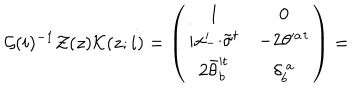
LaTeX: { \cal G } ( i ) ^ { - 1 } { \cal Z } ( z ) { \cal K } ( z ; i ) = \left( \begin{array} { c c } { { 1 } } & { { 0 } } \\ { { i x _ { - } ^ { \prime } { \cdot \tilde { \sigma } } ^ { t } } } & { { - 2 \theta ^ { \prime a } { } ^ { t } } } \\ { { 2 \bar { \theta } _ { b } ^ { \prime t } } } & { { \delta _ { b } ^ { ~ a } } } \\ \end{array} \right) =